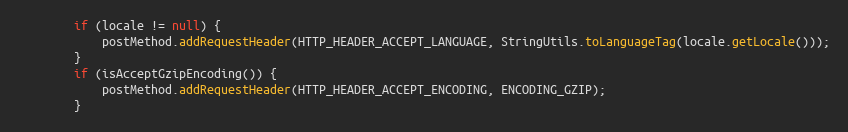
Language: Java
        if (locale != null) {
            postMethod.addRequestHeader(HTTP_HEADER_ACCEPT_LANGUAGE, StringUtils.toLanguageTag(locale.getLocale()));
        }
        if (isAcceptGzipEncoding()) {
            postMethod.addRequestHeader(HTTP_HEADER_ACCEPT_ENCODING, ENCODING_GZIP);
        }